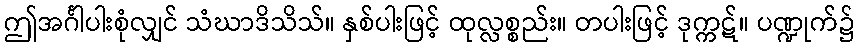
ဤအင်္ဂါပါးစုံလျှင် သံဃာဒိသိသ်။ နှစ်ပါးဖြင့် ထုလ္လစ္စည်း။ တပါးဖြင့် ဒုက္ကဋ်။ ပဏ္ဍုက်၌